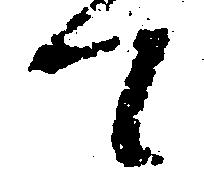
て